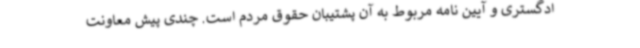
ادگستری و آیین نامه مربوط به آن پشتیبان حقوق مردم است. چندی پیش معاونت